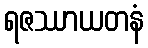
ရဇဿာယတနံ